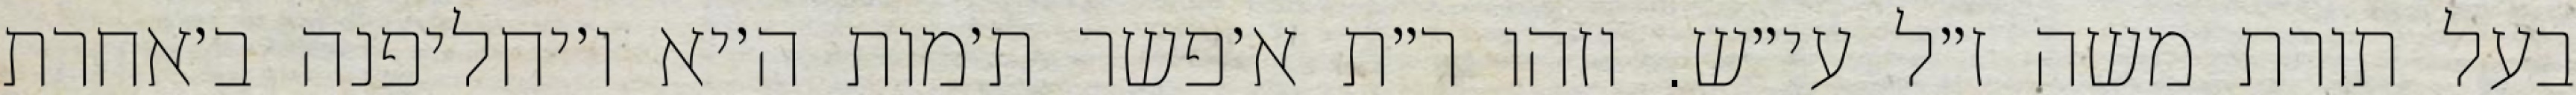
בעל תורת משה ז״ל עי״ש. וזהו ר״ת א׳פשר ת׳מות ה׳יא ו׳יחליפנה ב׳אחרת